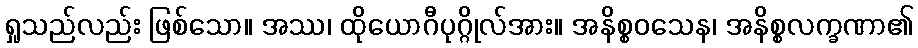
ရှုသည်လည်း ဖြစ်သော။ အဿ၊ ထိုယောဂီပုဂ္ဂိုလ်အား။ အနိစ္စဝသေန၊ အနိစ္စလက္ခဏာ၏